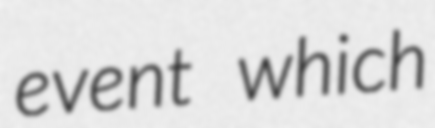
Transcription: event which